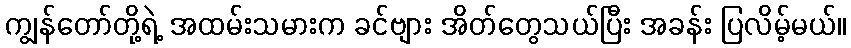
ကျွန်တော်တို့ရဲ့ အထမ်းသမားက ခင်ဗျား အိတ်တွေသယ်ပြီး အခန်း ပြလိမ့်မယ်။